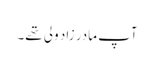
آپ مادر زاد ولی تھے۔